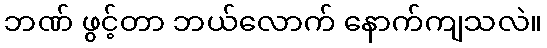
ဘဏ် ဖွင့်တာ ဘယ်လောက် နောက်ကျသလဲ။